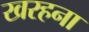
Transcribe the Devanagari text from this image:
खरहना